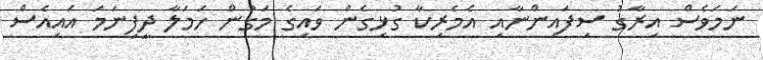
ނަމަވެސް އިރާގު ސިފައިންނާއި އެމެރިކާ ގުޅިގެން ވައިގެ މަގުން ހަމަލާ ދީފިނަމަ އައިއެސް